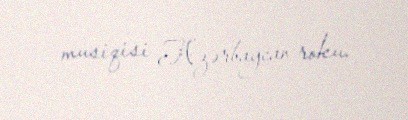
musiqisi Azərbaycan roku.